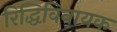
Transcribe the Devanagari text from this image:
रिद्धिविनायक